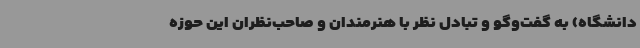
دانشگاه) به گفت‌وگو و تبادل نظر با هنرمندان و صاحب‌نظران این حوزه